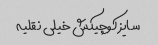
سایز کوچیکش خیلی نقلیه